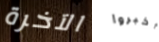
الآخرة أخبروا